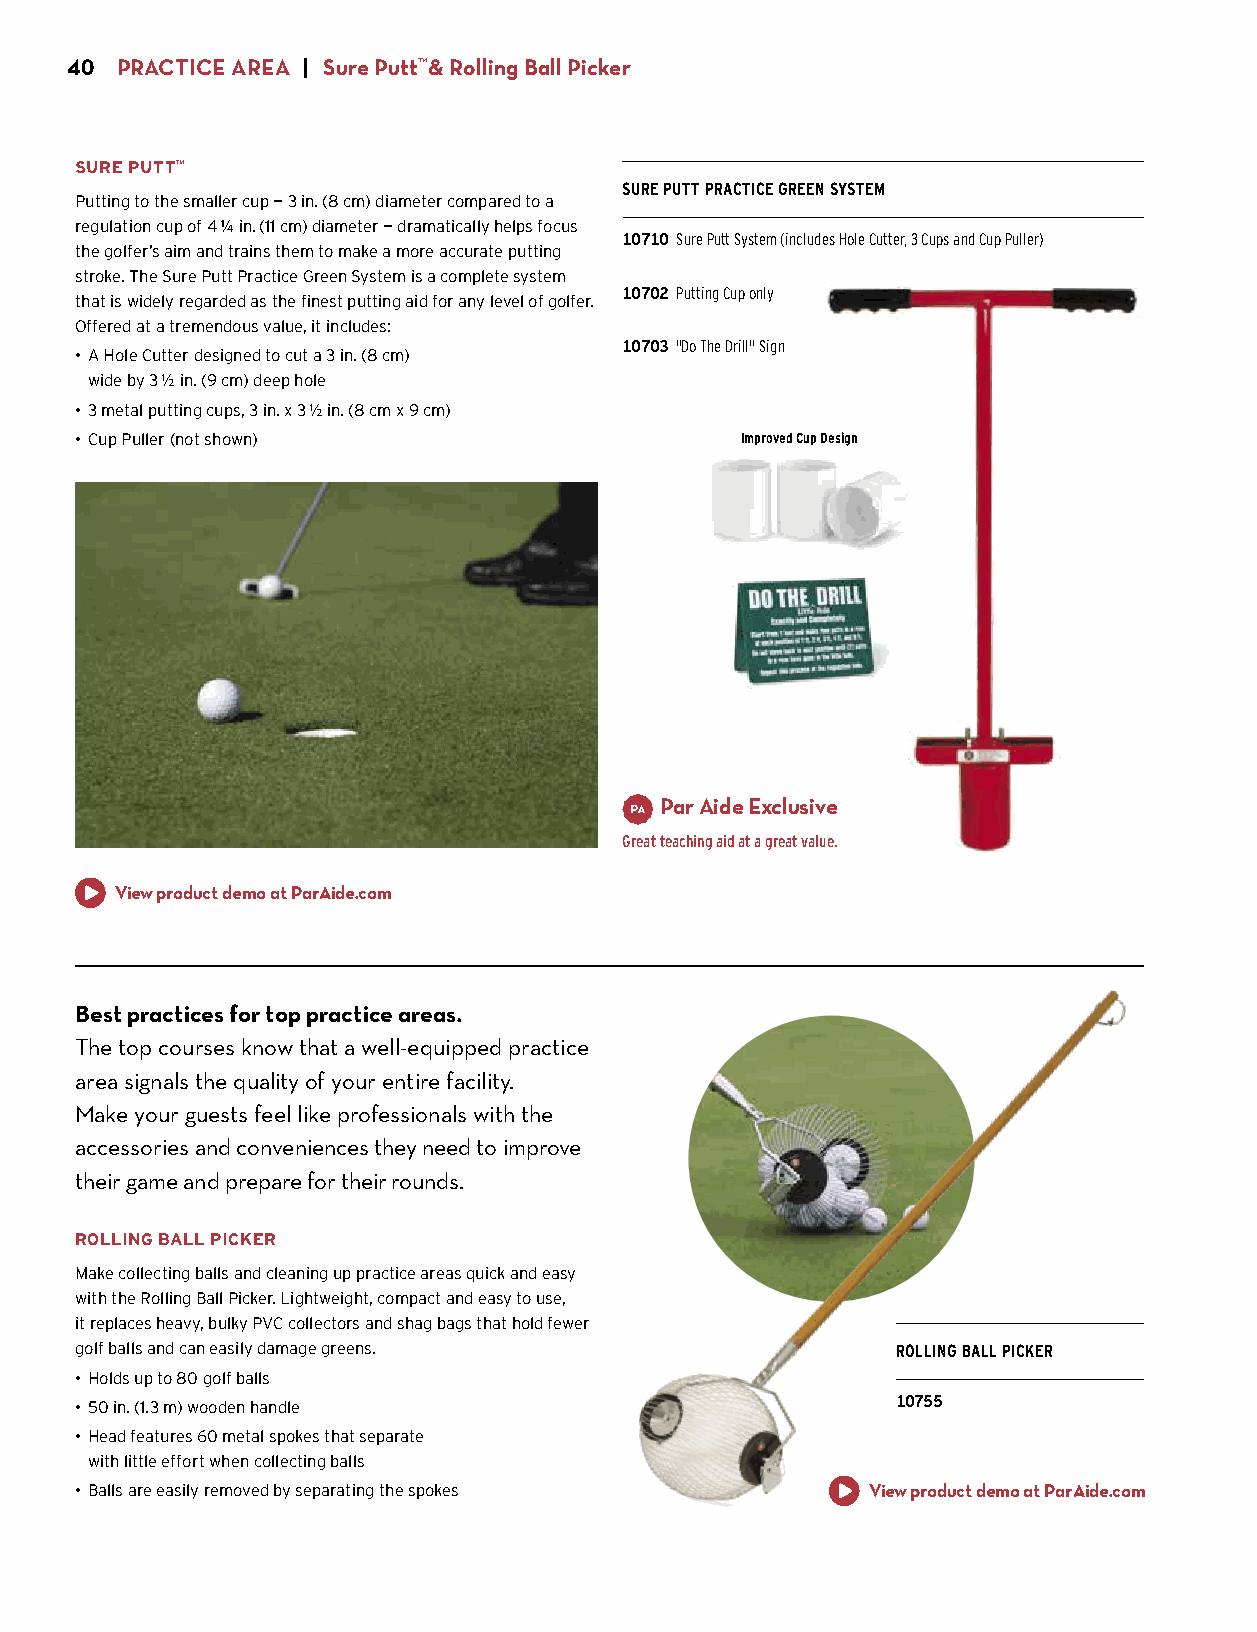
40  PRACTICE AREA | Sure Putt™ & Rolling Ball Picker
 SURE PUTT™
 SURE PUTT PRACTICE GREEN SYSTEM
 Putting to the smaller cup — 3 in. (8 cm) diameter compared to a
 regulation cup of 4 1/4 in. (11 cm) diameter — dramatically helps focus
 10710 Sure Putt System (includes Hole Cutter, 3 Cups and Cup Puller)
 the golfer’s aim and trains them to make a more accurate putting
 $279.00
 stroke. The Sure Putt Practice Green System is a complete system
 10702 Putting Cup only
 that is widely regarded as the finest putting aid for any level of golfer.
 $30.00 ea.
 Offered at a tremendous value, it includes:
 10703 "Do The Drill" Sign
 • A Hole Cutter designed to cut a 3 in. (8 cm)
 $XX.XX
 wide by 3 1/2 in. (9 cm) deep hole
 • 3 metal putting cups, 3 in. x 3 1/2 in. (8 cm x 9 cm)
 • Cup Puller (not shown)                    Improved Cup Design
 Par Aide Exclusive
 Great teaching aid at a great value.
 View product demo at ParAide.com
 Best practices for top practice areas.
 The top courses know that a well-equipped practice
 area signals the quality of your entire facility.
 Make your guests feel like professionals with the
 accessories and conveniences they need to improve
 their game and prepare for their rounds.
 ROLLING BALL PICKER
 Make collecting balls and cleaning up practice areas quick and easy
 with the Rolling Ball Picker. Lightweight, compact and easy to use,
 it replaces heavy, bulky PVC collectors and shag bags that hold fewer
 golf balls and can easily damage greens.              ROLLING BALL PICKER
 • Holds up to 80 golf balls
 • 50 in. (1.3 m) wooden handle                        10755
 $119.00
 • Head features 60 metal spokes that separate
 with little effort when collecting balls
 • Balls are easily removed by separating the spokes  View product demo at ParAide.com